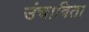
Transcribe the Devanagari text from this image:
उंचाविता